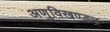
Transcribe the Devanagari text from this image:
अणुविखण्डन